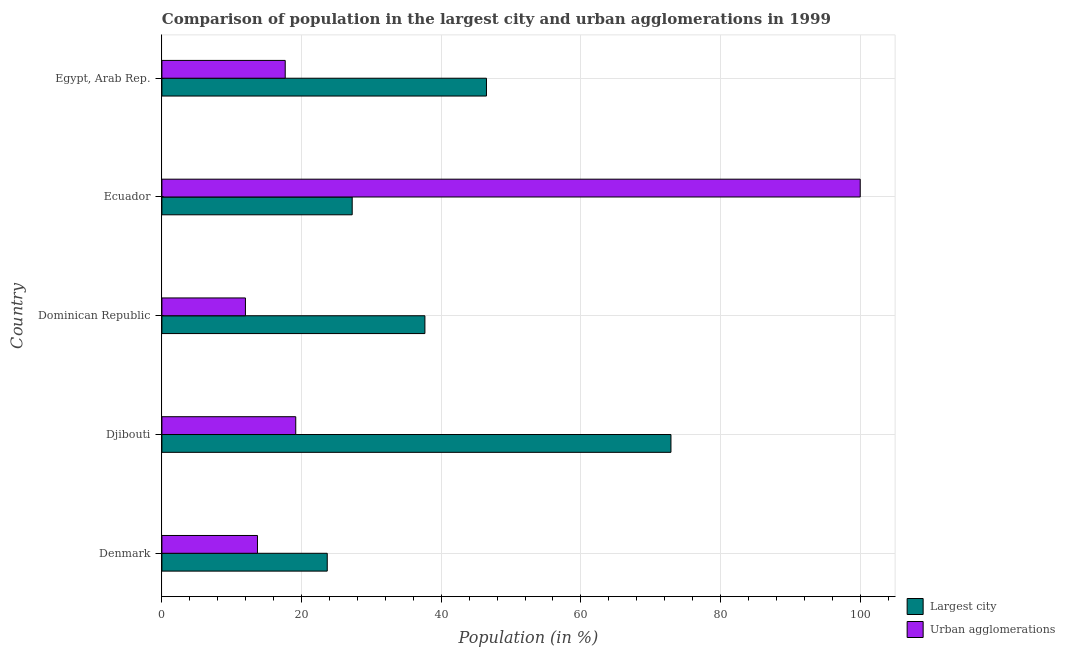
| Country | Largest city | Urban agglomerations |
 | --- | --- | --- |
 | Denmark | 23.7 | 13.7 |
 | Djibouti | 72.9 | 19.2 |
 | Dominican Republic | 37.7 | 12 |
 | Ecuador | 27.3 | 100 |
 | Egypt, Arab Rep. | 46.5 | 17.7 |